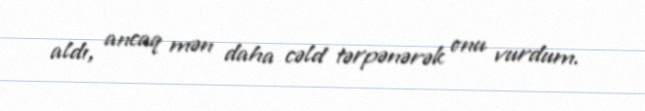
aldı, ancaq mən daha cəld tərpənərək onu vurdum.